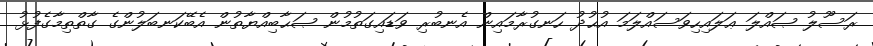
ރަސޫލު ޞައްލަ ޢަލައިހިވަސައްލަމަ އުޙުދު ހަނގުރާމައިން އެނބުރި ވަޑައިގަތުމުން ޞަޙާބިއްޔާތުން އެބޭކަނބަލުންގެ ގާތްތިމާގެފުޅު